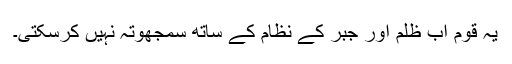
یہ قوم اب ظلم اور جبر کے نظام کے ساتھ سمجھوتہ نہیں کرسکتی۔